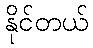
နိုင်တယ်